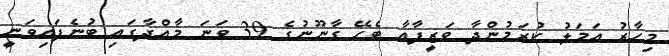
މިހާރު އަމަލު ކުރަމުންދާ ވަޒީފާއާ ބެހޭ ގާނޫނުގެ 39 ވަނަ މާއްދާގައި ބުނެފައިވަނީ